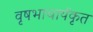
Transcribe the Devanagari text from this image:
वृषभाचार्यकृत